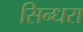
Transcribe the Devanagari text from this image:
सिन्धरा